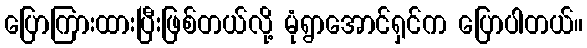
ပြောကြားထားပြီးဖြစ်တယ်လို့ မုံရွာအောင်ရှင်က ပြောပါတယ်။